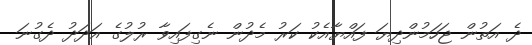
ދެ އަތުން ޖަހަމުންދިޔަ ފައްޔާއެކު ކަރު މެދުން ނެގިފައިވާ ރުލުގެ އަދަދު ދެގުނަ